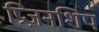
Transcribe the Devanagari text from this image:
प्रिज़नशिप